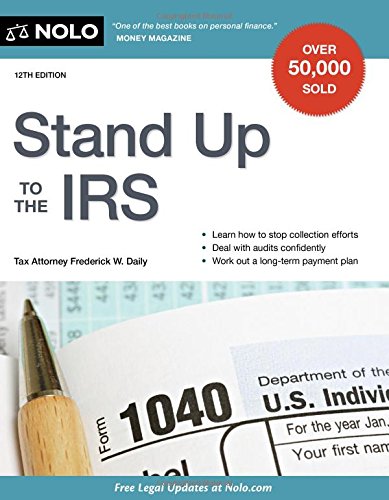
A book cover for Stand Up to the IRS; Frederick W. Daily Attorney; Law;